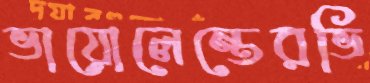
ভায়োলেন্তেরভি